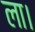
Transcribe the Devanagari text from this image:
ला।